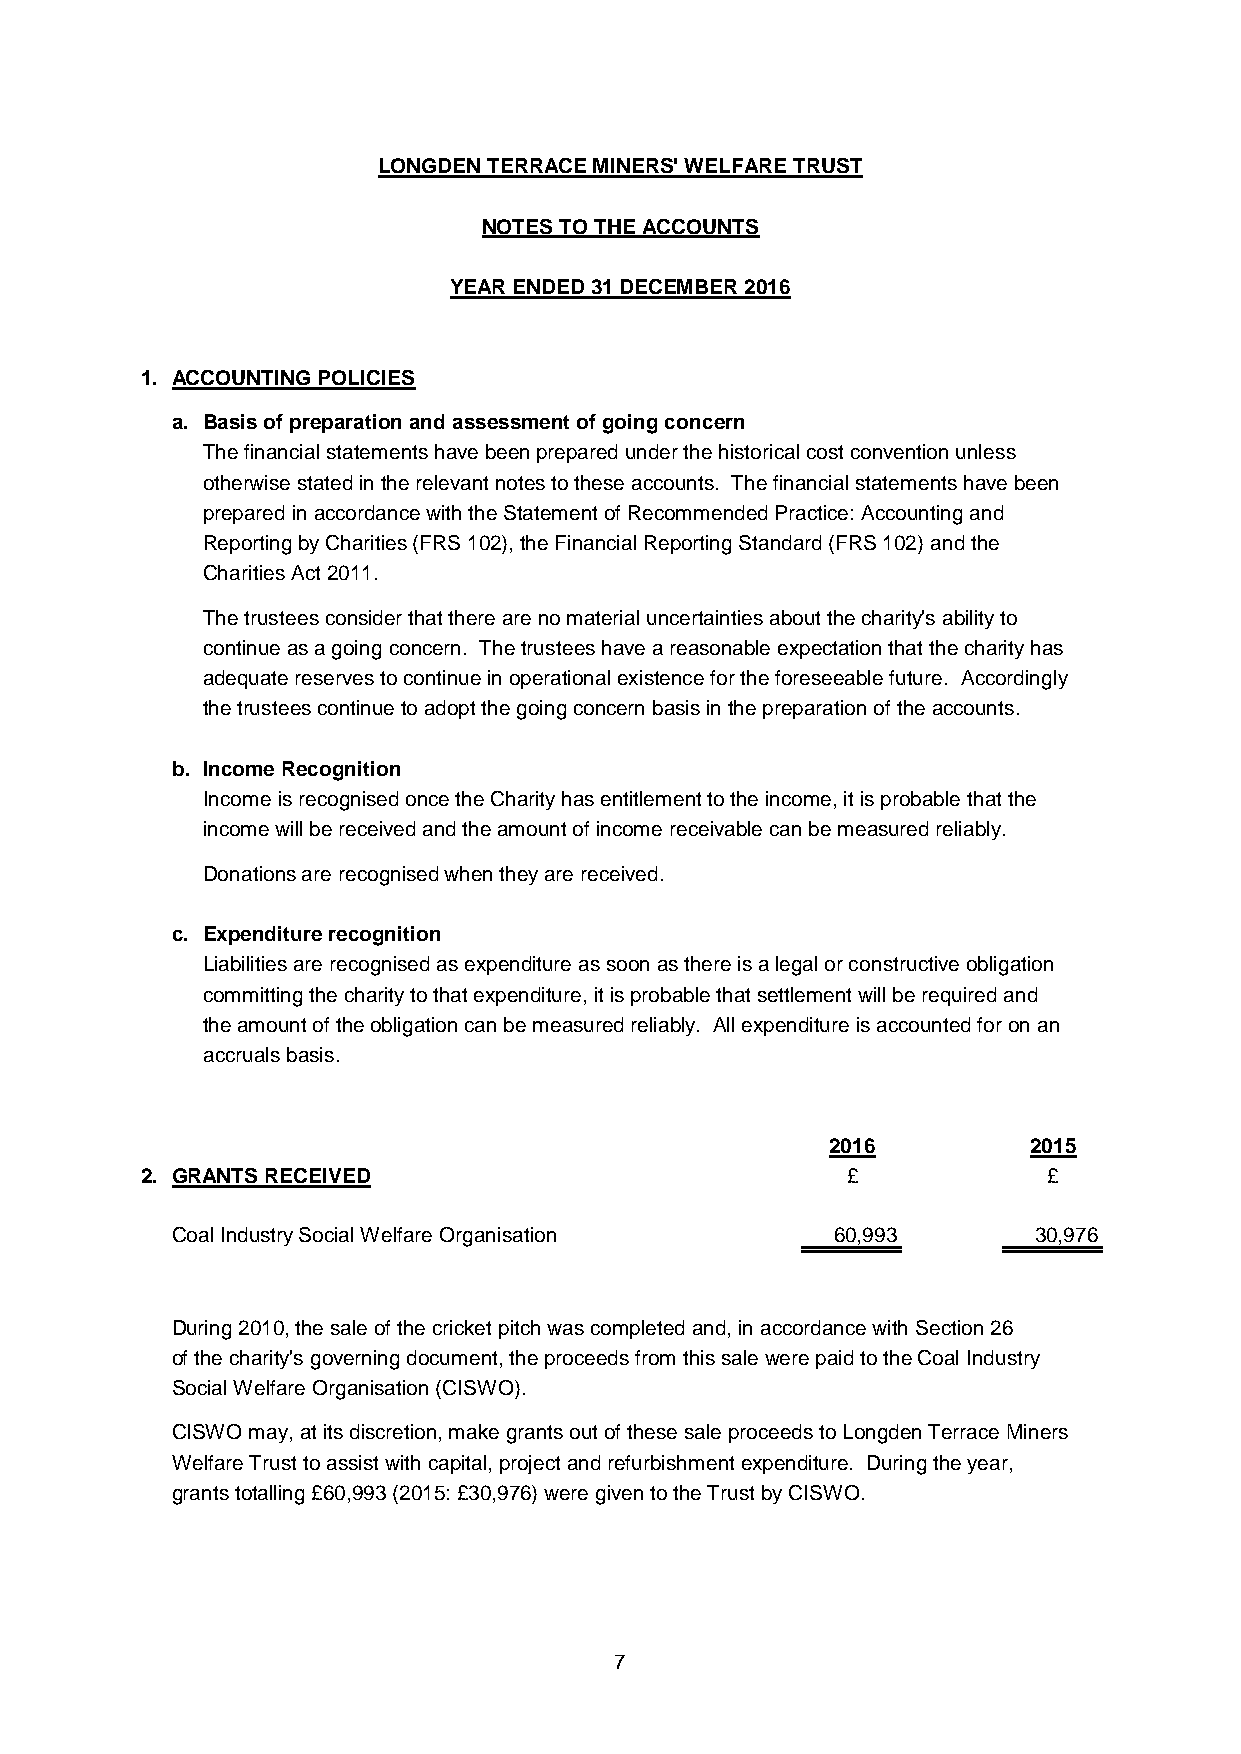
LONGDEN TERRACE MINERS' WELFARE TRUST
 NOTES TO THE ACCOUNTS
 YEAR ENDED 31 DECEMBER 2016
 1. ACCOUNTING POLICIES
 a. Basis of preparation and assessment of going concern
 The financial statements have been prepared under the historical cost convention unless
 otherwise stated in the relevant notes to these accounts. The financial statements have been
 prepared in accordance with the Statement of Recommended Practice: Accounting and
 Reporting by Charities (FRS 102), the Financial Reporting Standard (FRS 102) and the
 Charities Act 2011.
 The trustees consider that there are no material uncertainties about the charity's ability to
 continue as a going concern. The trustees have a reasonable expectation that the charity has
 adequate reserves to continue in operational existence for the foreseeable future. Accordingly
 the trustees continue to adopt the going concern basis in the preparation of the accounts.
 b. Income Recognition
 Income is recognised once the Charity has entitlement to the income, it is probable that the
 income will be received and the amount of income receivable can be measured reliably.
 Donations are recognised when they are received.
 c. Expenditure recognition
 Liabilities are recognised as expenditure as soon as there is a legal or constructive obligation
 committing the charity to that expenditure, it is probable that settlement will be required and
 the amount of the obligation can be measured reliably. All expenditure is accounted for on an
 accruals basis.
 2016         2015
 2. GRANTS RECEIVED                             £            £
 Coal Industry Social Welfare Organisation   60,993       30,976
 During 2010, the sale of the cricket pitch was completed and, in accordance with Section 26
 of the charity's governing document, the proceeds from this sale were paid to the Coal Industry
 Social Welfare Organisation (CISWO).
 CISWO may, at its discretion, make grants out of these sale proceeds to Longden Terrace Miners
 Welfare Trust to assist with capital, project and refurbishment expenditure. During the year,
 grants totalling £60,993 (2015: £30,976) were given to the Trust by CISWO.
 7